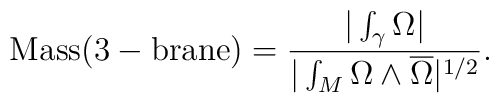
{\rm Mass(3-brane)} = { {|\int_{\gamma} \Omega|} \over { |\int_{M} \Omega \wedge\overline \Omega|^{1/2}} }.